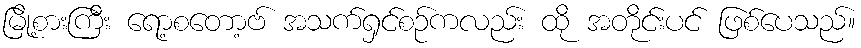
မြို့စားကြီး ရော့စတော့ဗ် အသက်ရှင်စဉ်ကလည်း ထို အတိုင်းပင် ဖြစ်ပေသည်။